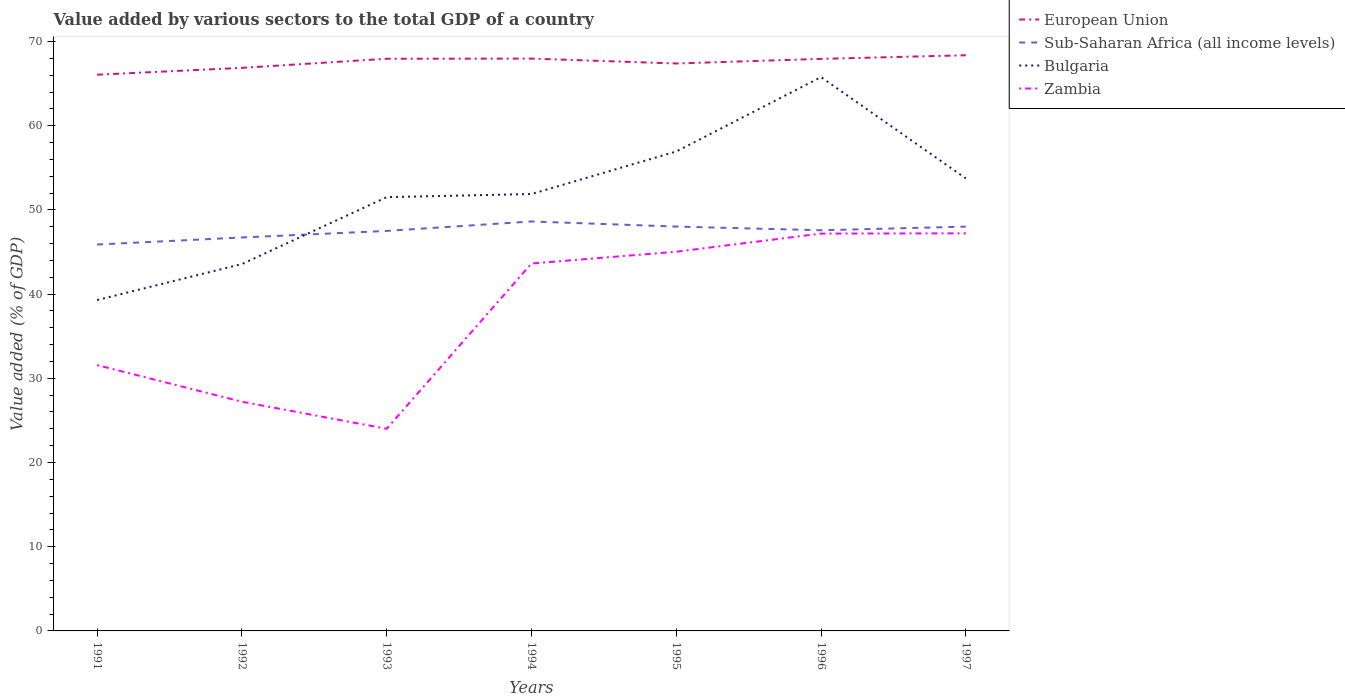
| Years | European Union | Sub-Saharan Africa (all income levels) | Bulgaria | Zambia |
 | --- | --- | --- | --- | --- |
 | 1991 | 66.1 | 45.9 | 39.3 | 31.6 |
 | 1992 | 66.9 | 46.7 | 43.6 | 27.2 |
 | 1993 | 67.9 | 47.5 | 51.5 | 24 |
 | 1994 | 68 | 48.6 | 51.9 | 43.6 |
 | 1995 | 67.4 | 48 | 56.9 | 45 |
 | 1996 | 67.9 | 47.6 | 65.8 | 47.2 |
 | 1997 | 68.4 | 48 | 53.7 | 47.2 |